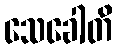
သေခေါတိ